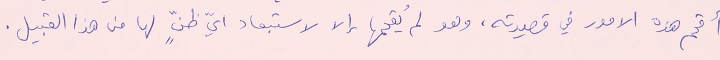
أقحم هذه الامور في قصيدته، وهو لم يُقحمها إلا لاستبعاد ايّ ظنٍّ لها من هذا القبيل.